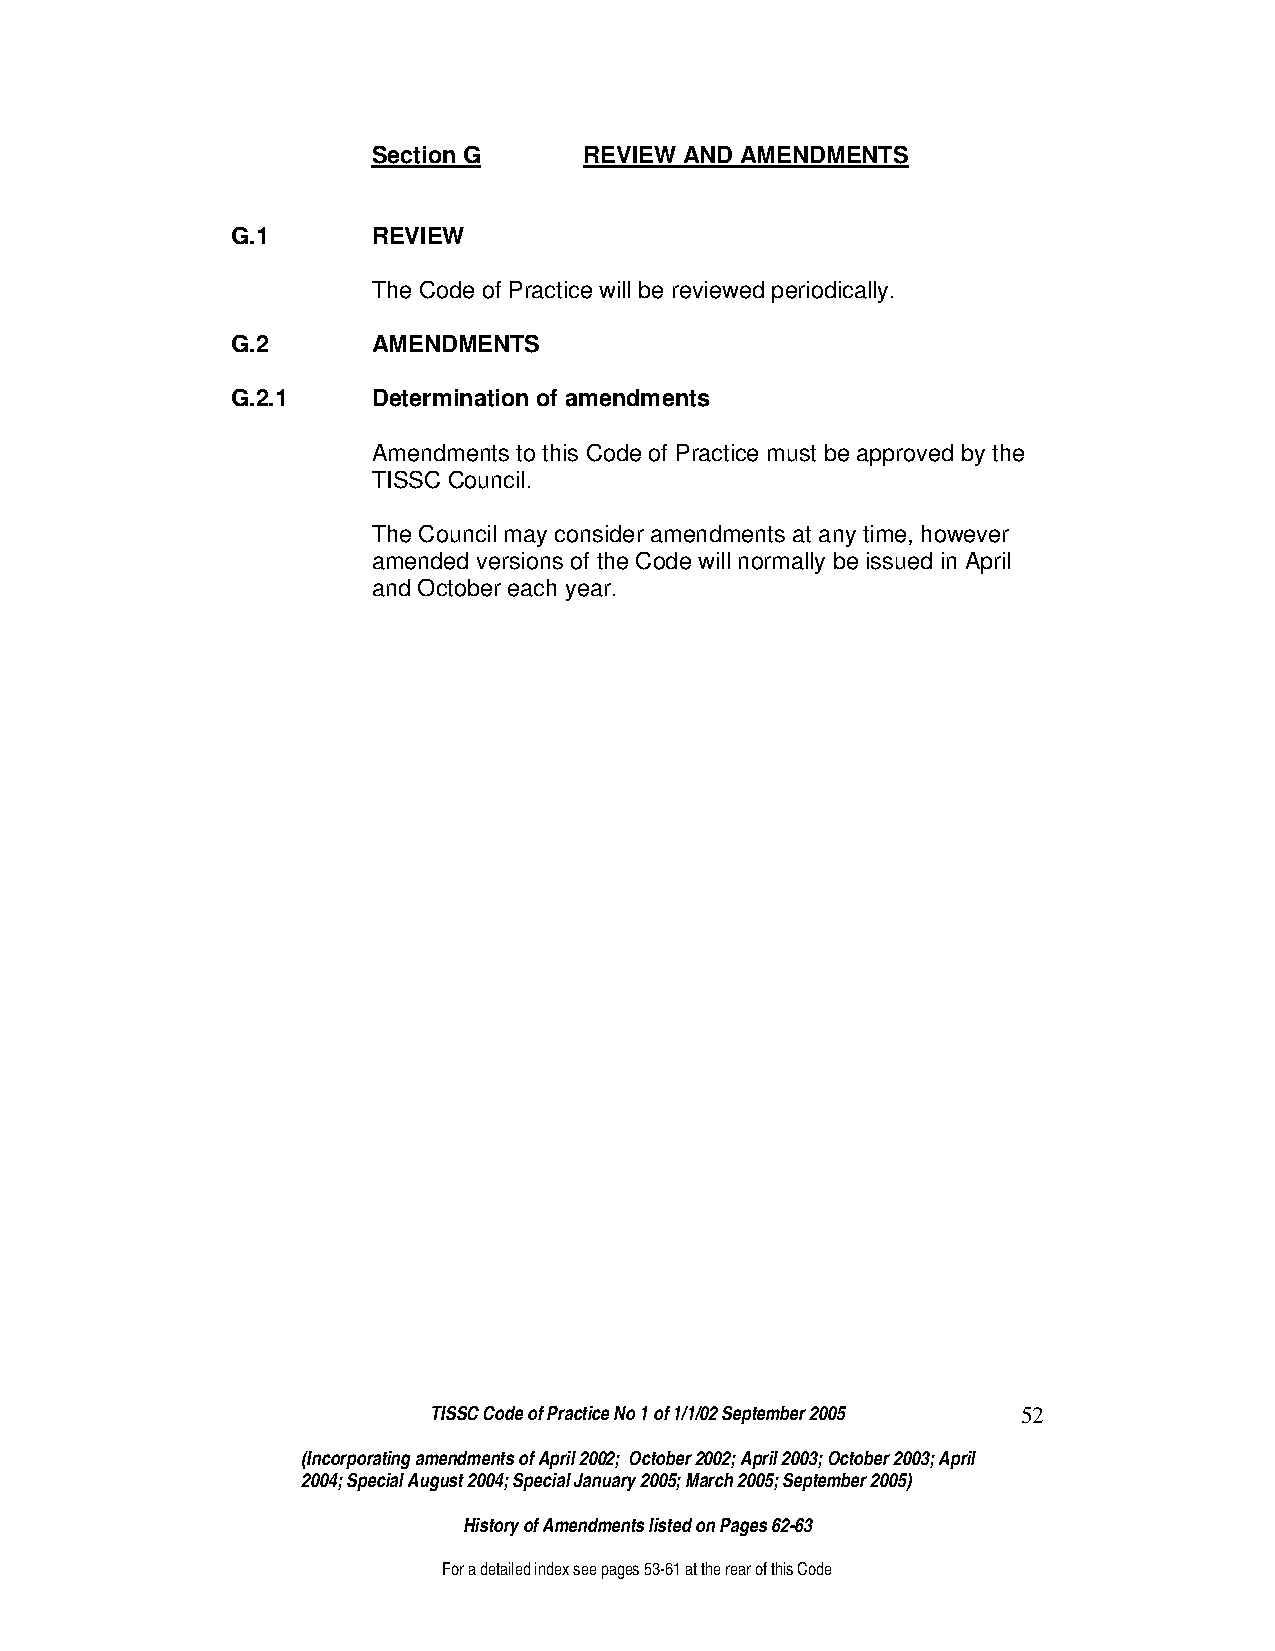
Section G     REVIEW AND AMENDMENTS
 G.1       REVIEW
 The Code of Practice will be reviewed periodically.
 G.2       AMENDMENTS
 G.2.1     Determination of amendments
 Amendments to this Code of Practice must be approved by the
 TISSC Council.
 The Council may consider amendments at any time, however
 amended versions of the Code will normally be issued in April
 and October each year.
 TISSC Code of Practice No 1 of 1/1/02 September 2005 52
 (Incorporating amendments of April 2002; October 2002; April 2003; October 2003; April
 2004; Special August 2004; Special January 2005; March 2005; September 2005)
 History of Amendments listed on Pages 62-63
 For a detailed index see pages 53-61 at the rear of this Code